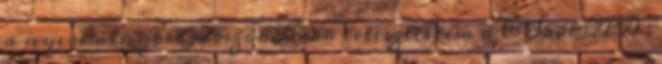
a nyereményért játszok. Csak leteszteltem a CS5öt :D:D ;